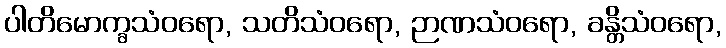
ပါတိမောက္ခသံဝရော, သတိသံဝရော, ဉာဏသံဝရော, ခန္တိသံဝရော,